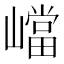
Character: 𡽊